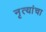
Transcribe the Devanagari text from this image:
नृत्यांचा